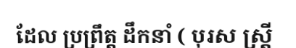
ដែល ប្រព្រឹត្ត ដឹកនាំ ( បុរស ស្ត្រី